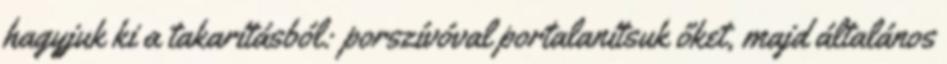
hagyjuk ki a takarításból: porszívóval portalanítsuk őket, majd általános